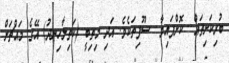
ބުރިކަށިތައް  ކޮށްފައިވާ  ސޫފިތަކެވެ. އަދި މިތިބީ (ކަތިލާހިނދު) އޭގެ މައްޗަށް